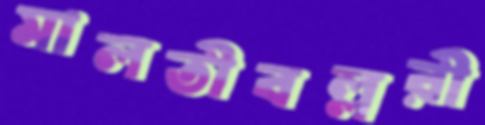
মালতীবল্লরী